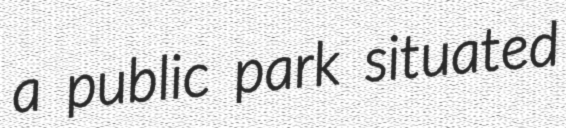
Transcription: a public park situated